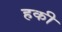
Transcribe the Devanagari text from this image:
हकी